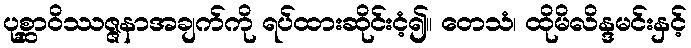
ပုစ္ဆာဝိဿဇ္ဇနာအချက်ကို ရပ်ထားဆိုင်းငံ့၍။ တေသံ၊ ထိုမိလိန္ဒမင်းနှင့်